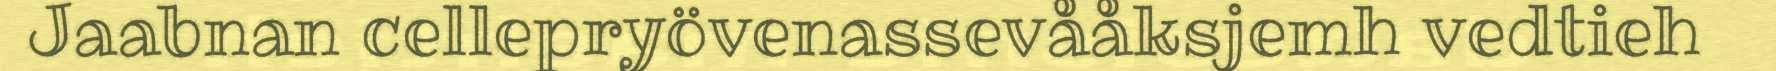
Jaabnan cellepryövenassevååksjemh vedtieh